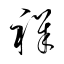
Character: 祥